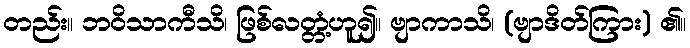
တည်း။ ဘဝိသာကီသိ၊ ဖြစ်လတ္တံ့ဟူ၍။ ဗျာကာသိ၊ (ဗျာဒိတ်ကြား) ၏။